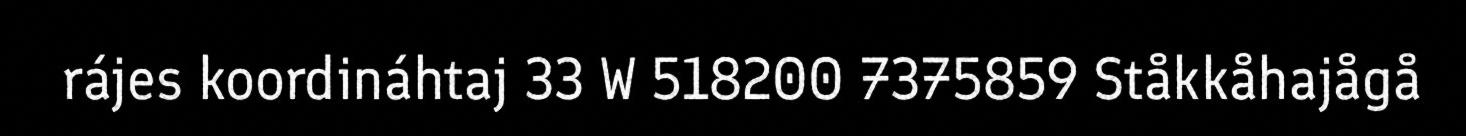
rájes koordináhtaj 33 W 518200 7375859 Ståkkåhajågå